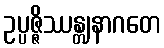
ဥပ္ပဇ္ဇိဿန္တျနာဂတေ